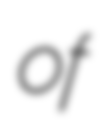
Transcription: of